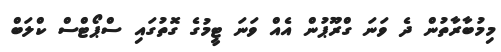
މިމުބާރާތުން ދެ ވަނަ ގްރޫޕުން އެއް ވަނަ ޓީމުގެ ގޮތުގައި ސްޕޯޓްސް ކްލަބް